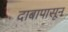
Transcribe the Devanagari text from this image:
दाबापासून